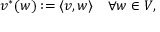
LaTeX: v ^ { * } ( w ) : = \langle v , w \rangle \quad \forall w \in V ,